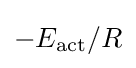
-E_{\text{act}}/R